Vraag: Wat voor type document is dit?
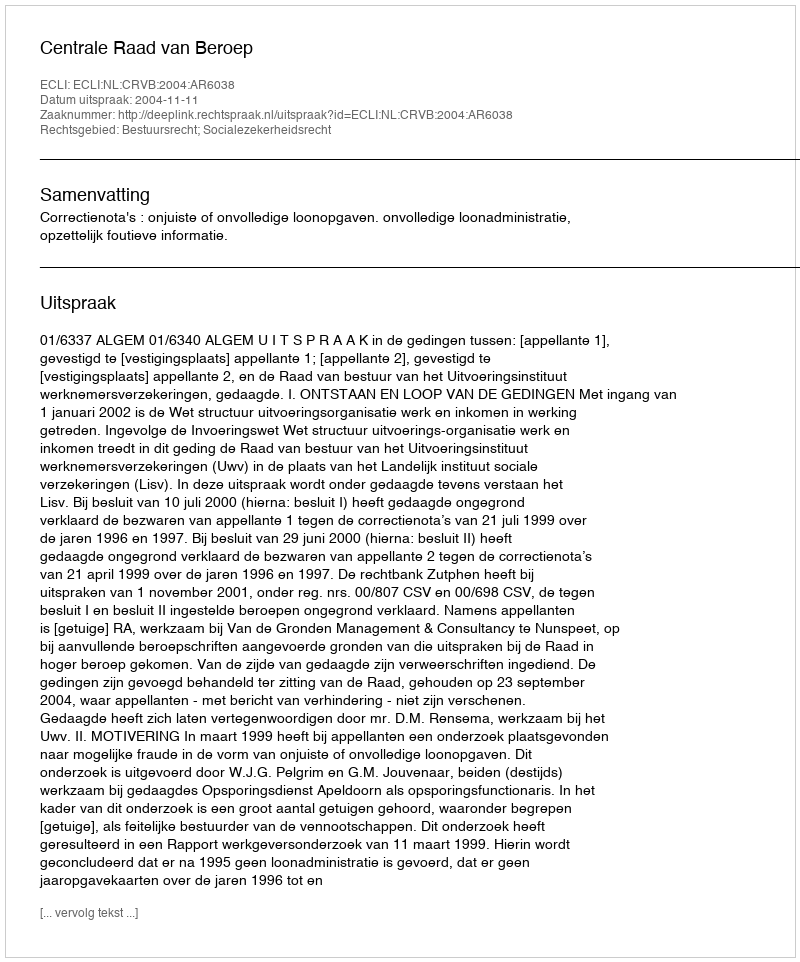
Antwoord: Uitspraak